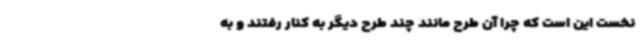
نخست این است که چرا آن طرح مانند چند طرح دیگر به کنار رفتند و به